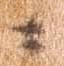
に